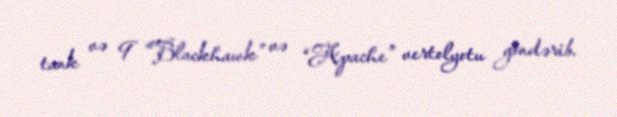
tank və 9 “Blackhawk” və “Apache” vertolyotu göndərib.